Reports on military cantonments and civil stations in the Presidency of Bombay inspected by the Sanitary Commissioner in the years 1875 and 1876
Year: 1875
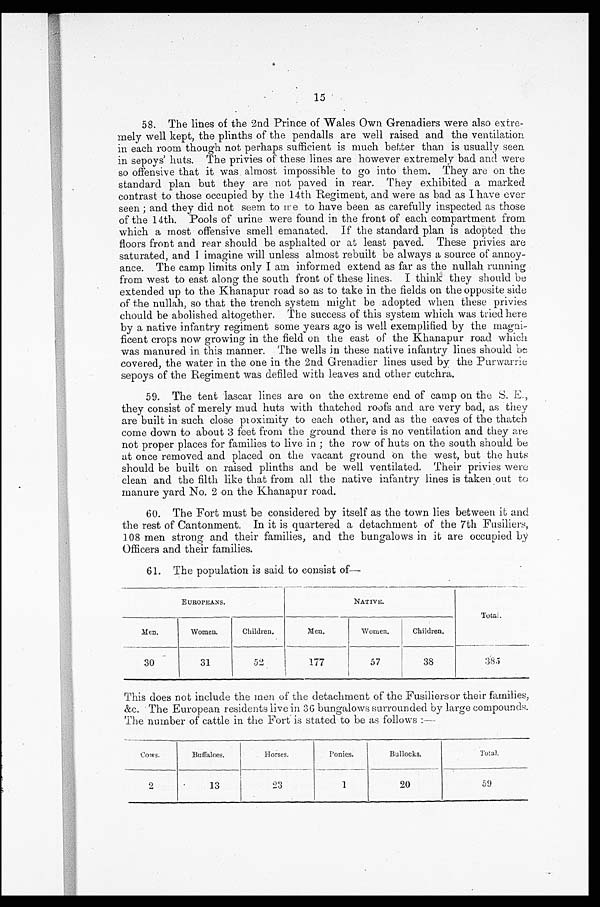
15
58. The lines of the 2nd Prince of Wales Own Grenadiers were also extre-
mely well kept, the plinths of the pendalls are well raised and the ventilation.
in each room though not perhaps sufficient is much better than is usually seen.
in sepoys' huts. The privies of these lines are however extremely bad and were
so offensive that it was almost impossible to go into them. They are on the
standard plan but they are not paved in rear. They exhibited a marked
contrast to those occupied by the 14th Regiment, and were as bad as I have ever
seen ; and they did not seem to me to have been as carefully inspected as those
of the 14th. Pools of urine were found in the front of each compartment from
which a most offensive smell emanated. If the standard plan is adopted the
floors front and rear should be asphalted or at least paved. These privies are
saturated, and I imagine will unless almost rebuilt be always a source of annoy
ance. The camp limits only I am informed extend as far as the nullah running
from west to east along the south front of these lines. I think they should be
extended up to the Khanapur road so as to take in the fields on the opposite side
of the nullah, so that the trench system might be adopted when these privies
chould be abolished altogether. The success of this system which was tried here
by a native infantry regiment some years ago is well exemplified by the magni-
ficent crops now growing in the field on the east of the Khanapur road which
was manured in this manner. The wells in these native infantry lines should be
covered, the water in the one in the 2nd Grenadier lines used by the Purwarrie
sepoys of the Regiment was defiled with leaves and other cutchra.</p>
59. The tent lascar lines are on the extreme end of camp on the S. E.,
they consist of merely mud huts with thatched roofs and are very bad, as they
are built in such close proximity to each other, and as the eaves of the thatch
come down to about 3 feet from the ground there is no ventilation and they are
not proper places for families to live in ; the row of huts on the south should be,
at once removed and placed on the vacant ground on the west, but the huts
should be built on raised plinths and be well ventilated. Their privies were
clean and the filth like that from all the native infantry lines is taken out to
manure yard No. 2 on the Khanapur road.
60. The Fort must be considered by itself as the town lies between it and
the rest of Cantonment. In it is quartered a detachment of the 7th Fusiliers,
108 men strong and their families, and the bungalows in it are occupied by
Officers and their families.
61. The population is said to consist of
—
EUROPEANS.
NATIVE.
Total.
Men.
Women.
Children.
Men.
Women.
Children.
30
31
52
177
57
38
385
This does not include the men of the detachment of the Fusiliersor their families,
&c. The European residents live in 36 bungalows surrounded by large compounds.
The number of cattle in the Fort is stated to be as follows :—
Cows.
Buffaloes.
Horses.
Ponies.
Bullocks.
Total.
2
13
2 3
1
20
59